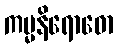
ကမ္မနိရောဓော